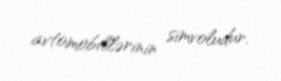
avtomobillərinin simvoludur.